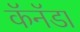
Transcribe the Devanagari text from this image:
कॅनॅडा